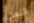
قبعتي